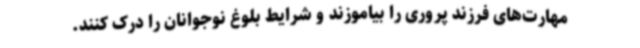
مهارت‌های فرزند پروری را بیاموزند و شرایط بلوغ نوجوانان را درک کنند.